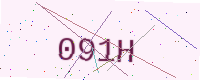
Text: 091H